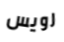
رويس